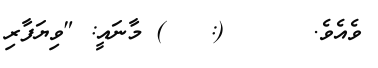
ވެއެވެ.      (: ٢٧٥) މާނައީ: "ވިޔަފާރި